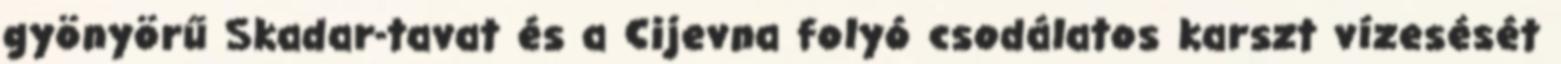
gyönyörű Skadar-tavat és a Cijevna folyó csodálatos karszt vízesését